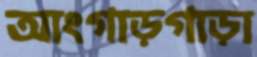
আংগাড়গাড়া